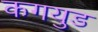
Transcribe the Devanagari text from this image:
कगयुड